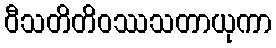
ဝီသတိတိဝဿသတာယုကာ